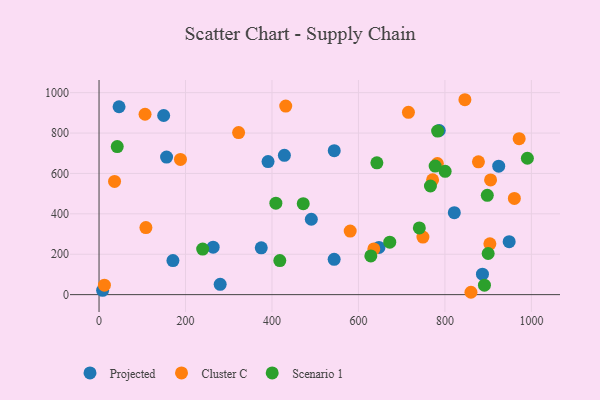
{"axis": {"x": "Study Hours", "y": "Demand"}, "legend": ["Cluster C", "Projected", "Scenario 1"], "data": [{"x": "924.4", "y": 635.9, "type": "Projected"}, {"x": "149.5", "y": 887.0, "type": "Projected"}, {"x": "821.7", "y": 405.9, "type": "Projected"}, {"x": "786.9", "y": 812.8, "type": "Projected"}, {"x": "8.3", "y": 21.4, "type": "Projected"}, {"x": "886.8", "y": 101.4, "type": "Projected"}, {"x": "428.7", "y": 689.8, "type": "Projected"}, {"x": "375.2", "y": 231.9, "type": "Projected"}, {"x": "544.0", "y": 712.9, "type": "Projected"}, {"x": "263.9", "y": 235.1, "type": "Projected"}, {"x": "647.4", "y": 234.0, "type": "Projected"}, {"x": "948.6", "y": 262.0, "type": "Projected"}, {"x": "543.8", "y": 175.0, "type": "Projected"}, {"x": "390.9", "y": 659.0, "type": "Projected"}, {"x": "280.2", "y": 51.3, "type": "Projected"}, {"x": "156.2", "y": 681.2, "type": "Projected"}, {"x": "46.3", "y": 930.4, "type": "Projected"}, {"x": "491.0", "y": 373.2, "type": "Projected"}, {"x": "170.9", "y": 168.9, "type": "Projected"}, {"x": "108.4", "y": 332.1, "type": "Cluster C"}, {"x": "431.8", "y": 933.8, "type": "Cluster C"}, {"x": "580.9", "y": 314.9, "type": "Cluster C"}, {"x": "782.5", "y": 649.2, "type": "Cluster C"}, {"x": "860.2", "y": 11.7, "type": "Cluster C"}, {"x": "960.6", "y": 476.3, "type": "Cluster C"}, {"x": "35.9", "y": 560.5, "type": "Cluster C"}, {"x": "12.4", "y": 47.1, "type": "Cluster C"}, {"x": "635.6", "y": 226.1, "type": "Cluster C"}, {"x": "905.6", "y": 567.8, "type": "Cluster C"}, {"x": "188.3", "y": 669.5, "type": "Cluster C"}, {"x": "877.5", "y": 657.7, "type": "Cluster C"}, {"x": "715.6", "y": 902.6, "type": "Cluster C"}, {"x": "322.8", "y": 802.5, "type": "Cluster C"}, {"x": "106.4", "y": 893.2, "type": "Cluster C"}, {"x": "846.2", "y": 965.1, "type": "Cluster C"}, {"x": "749.1", "y": 284.8, "type": "Cluster C"}, {"x": "771.5", "y": 568.3, "type": "Cluster C"}, {"x": "971.7", "y": 772.2, "type": "Cluster C"}, {"x": "904.0", "y": 251.4, "type": "Cluster C"}, {"x": "800.5", "y": 610.6, "type": "Scenario 1"}, {"x": "891.4", "y": 47.0, "type": "Scenario 1"}, {"x": "898.0", "y": 491.7, "type": "Scenario 1"}, {"x": "766.5", "y": 537.9, "type": "Scenario 1"}, {"x": "418.1", "y": 168.7, "type": "Scenario 1"}, {"x": "472.3", "y": 450.3, "type": "Scenario 1"}, {"x": "783.1", "y": 809.9, "type": "Scenario 1"}, {"x": "672.4", "y": 260.0, "type": "Scenario 1"}, {"x": "409.0", "y": 453.0, "type": "Scenario 1"}, {"x": "42.1", "y": 732.9, "type": "Scenario 1"}, {"x": "628.6", "y": 191.5, "type": "Scenario 1"}, {"x": "900.0", "y": 203.7, "type": "Scenario 1"}, {"x": "777.4", "y": 636.6, "type": "Scenario 1"}, {"x": "990.7", "y": 675.4, "type": "Scenario 1"}, {"x": "642.6", "y": 652.8, "type": "Scenario 1"}, {"x": "740.8", "y": 330.2, "type": "Scenario 1"}, {"x": "239.7", "y": 225.7, "type": "Scenario 1"}]}